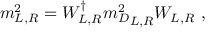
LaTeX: { m } _ { L , R } ^ { 2 } = W _ { L , R } ^ { \dagger } { { m } _ { D } ^ { 2 } } _ { L , R } W _ { L , R } \ ,